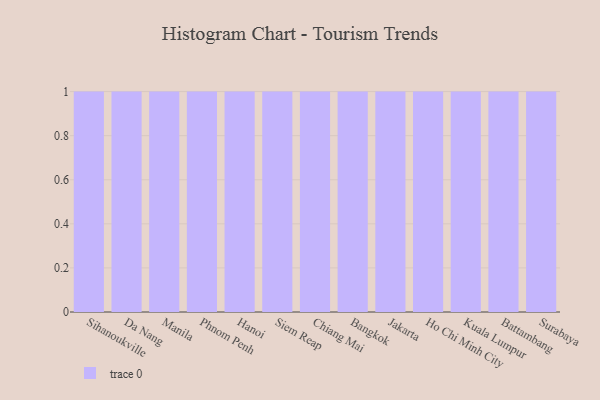
{"axis": {"x": "City", "y": "Temperature (°C)"}, "legend": [""], "data": [{"x": "Sihanoukville", "y": 37, "type": ""}, {"x": "Da Nang", "y": 65, "type": ""}, {"x": "Manila", "y": 24, "type": ""}, {"x": "Phnom Penh", "y": 34, "type": ""}, {"x": "Hanoi", "y": 77, "type": ""}, {"x": "Siem Reap", "y": 80, "type": ""}, {"x": "Chiang Mai", "y": 36, "type": ""}, {"x": "Bangkok", "y": 71, "type": ""}, {"x": "Jakarta", "y": 4, "type": ""}, {"x": "Ho Chi Minh City", "y": 20, "type": ""}, {"x": "Kuala Lumpur", "y": 84, "type": ""}, {"x": "Battambang", "y": 46, "type": ""}, {"x": "Surabaya", "y": 53, "type": ""}]}